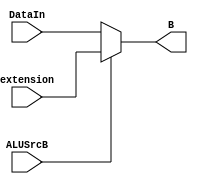
`timescale 1ns / 1ps
//////////////////////////////////////////////////////////////////////////////////
// Company: 
// Engineer: 
// 
// Design Name: 
// Module Name: mux_B
// Project Name: 
// Target Devices: 
// Tool Versions: 
// Description: 
// 
// Dependencies: 
// 
// Revision:
// Revision 0.01 - File Created
// Additional Comments:
// 
//////////////////////////////////////////////////////////////////////////////////


module mux_B(
    input [31:0] DataIn,extension,
    input ALUSrcB,
    output [31:0] B
    );
    assign B = (ALUSrcB==0)?DataIn:extension;
    
endmodule